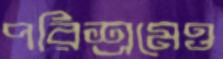
পরিশ্রমেও